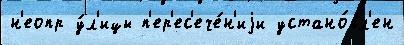
н'еопр у́л'ицы п'ер'ес'ече́н'иjи устано́вл'ен